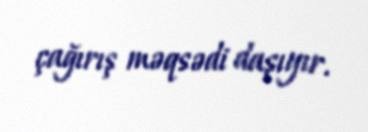
çağırış məqsədi daşıyır.